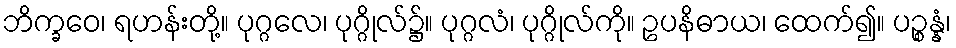
ဘိက္ခဝေ၊ ရဟန်းတို့။ ပုဂ္ဂလေ၊ ပုဂ္ဂိုလ်၌။ ပုဂ္ဂလံ၊ ပုဂ္ဂိုလ်ကို။ ဥပနိဓာယ၊ ထေက်၍။ ပဉ္စန္နံ၊